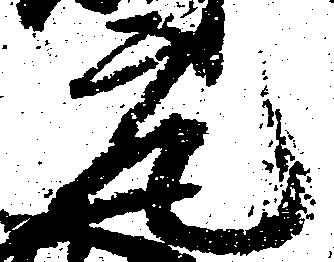
元